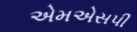
એમએસપી